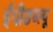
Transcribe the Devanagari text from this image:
ईपीडब्ल्यू